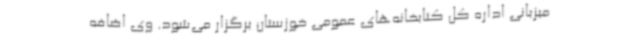
میزبانی اداره کل کتابخانه‌های عمومی خوزستان برگزار می‌شود. وی اضافه